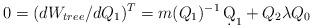
LaTeX: \begin{align*}0 = (dW_{tree}/dQ_1)^T = m(Q_1)^{-1}\,\d Q_1 + Q_2\lambda Q_0\end{align*}